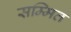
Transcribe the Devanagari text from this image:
सम्मित